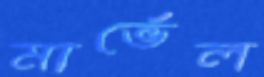
মার্ভেল